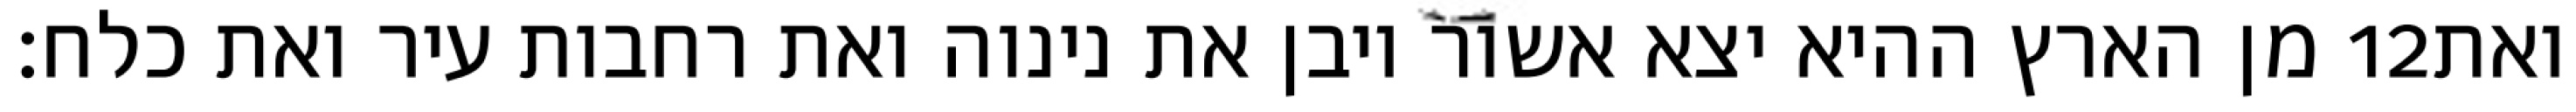
מן הארץ ההיא יצא אשור ויבן את נינוה ואת רחבות עיר ואת כלח׃ ‎12‏ ואת